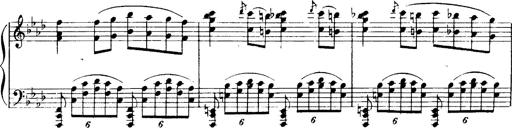
Title: Magyar dalok
Composer: Franz Liszt